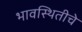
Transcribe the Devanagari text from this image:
भावस्थितीचे